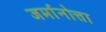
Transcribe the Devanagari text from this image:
जर्मानोत्ता